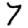
Digit: 7